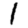
Digit: 1